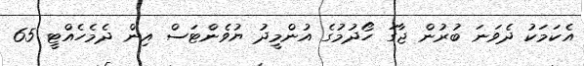
އެކަމަކު ދެވަނަ ބުރުން ޖާގަ ހޯދުމުގެ އުންމީދު ޔުވެންޓަސް އިން ދެމެހެއްޓީ 65